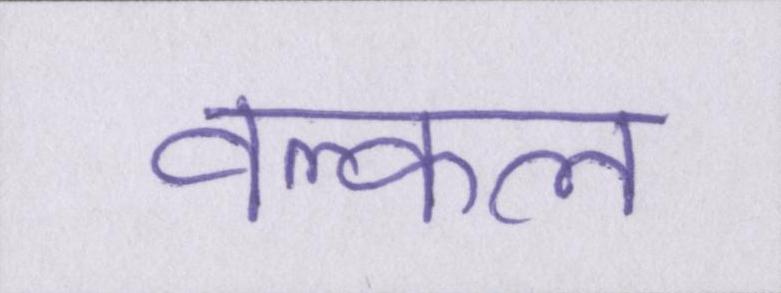
वल्कल